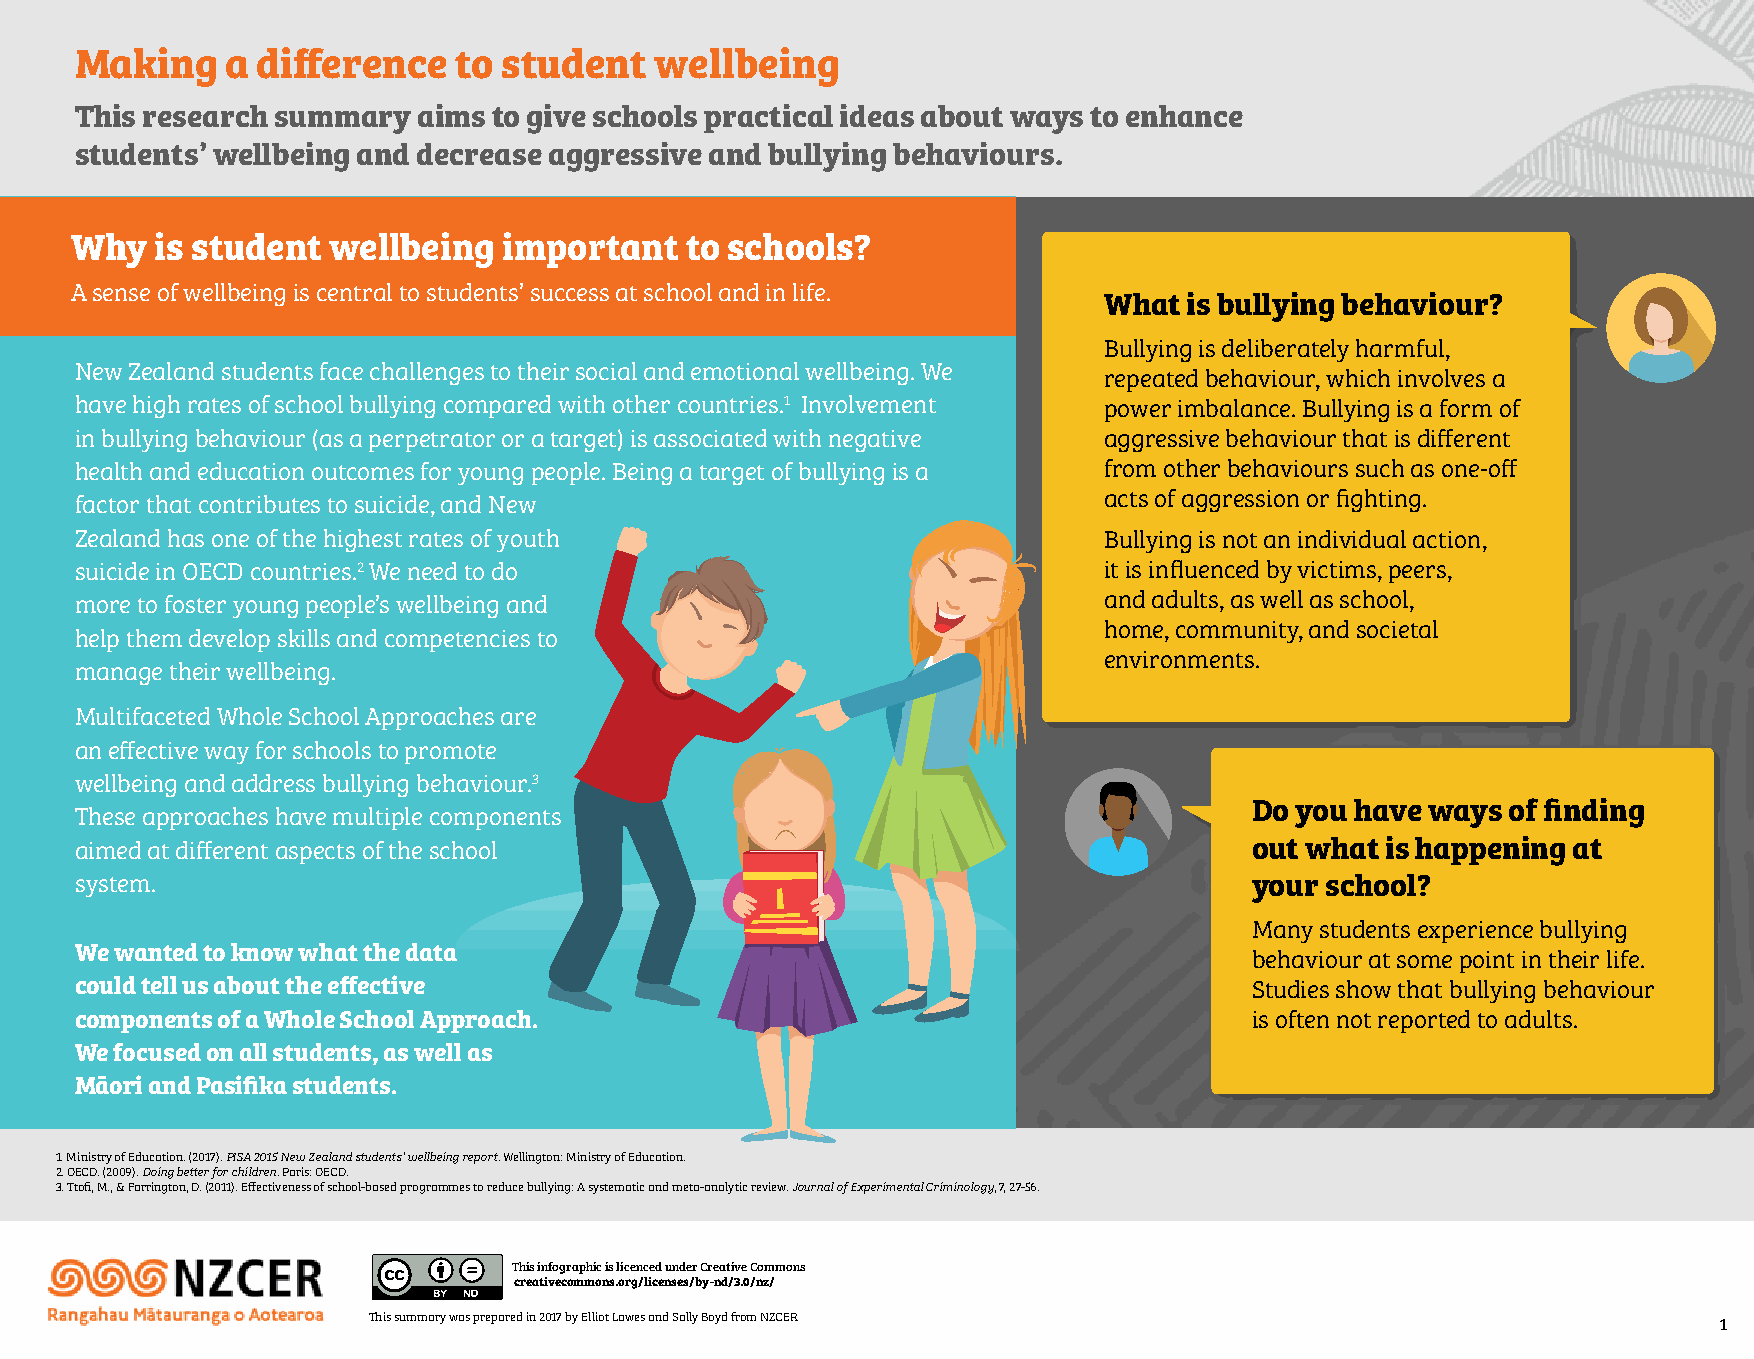
Making    a difference   to student   wellbeing
 This research summary  aims to give schools practical ideas about ways to enhance
 students’ wellbeing and decrease aggressive and bullying behaviours.
 Why  is student  wellbeing  important   to schools?
 A sense of wellbeing is central to students’ success at school and in life.
 What  is bullying behaviour?
 Bullying is deliberately harmful,
 New Zealand students face challenges to their social and emotional wellbeing. We
 repeated behaviour, which involves a
 have high rates of school bullying compared with other countries.1 Involvement power imbalance. Bullying is a form of
 in bullying behaviour (as a perpetrator or a target) is associated with negative aggressive behaviour that is different
 health and education outcomes for young people. Being a target of bullying is a from other behaviours such as one-off
 acts of aggression or fighting.
 factor that contributes to suicide, and New
 Zealand has one of the highest rates of youth                       Bullying is not an individual action,
 suicide in OECD countries.2 We need to do                           it is influenced by victims, peers,
 more to foster young people’s wellbeing and                         and adults, as well as school,
 home, community, and societal
 help them develop skills and competencies to
 environments.
 manage their wellbeing.
 Multifaceted Whole School Approaches are
 an effective way for schools to promote
 wellbeing and address bullying behaviour.3
 Do you have ways of finding
 These approaches have multiple components
 aimed at different aspects of the school                                      out what is happening at
 system.                                                                       your school?
 Many students experience bullying
 We wanted to know what the data
 behaviour at some point in their life.
 could tell us about the effective                                             Studies show that bullying behaviour
 components of a Whole School Approach.                                        is often not reported to adults.
 We focused on all students, as well as
 Māori and Pasifika students.
 1. Ministry of Education. (2017). PISA 2015 New Zealand students’ wellbeing report. Wellington: Ministry of Education.
 2. OECD. (2009). Doing better for children. Paris: OECD.
 3. Ttofi, M., & Farrington, D. (2011). Effectiveness of school-based programmes to reduce bullying: A systematic and meta-analytic review. Journal of Experimental Criminology, 7, 27-56.
 This infographic is licenced under Creative Commons
 creativecommons.org/licenses/by-nd/3.0/nz/
 This summary was prepared in 2017 by Elliot Lawes and Sally Boyd from NZCER               1